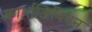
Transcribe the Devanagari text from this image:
कार्थाजिनियन